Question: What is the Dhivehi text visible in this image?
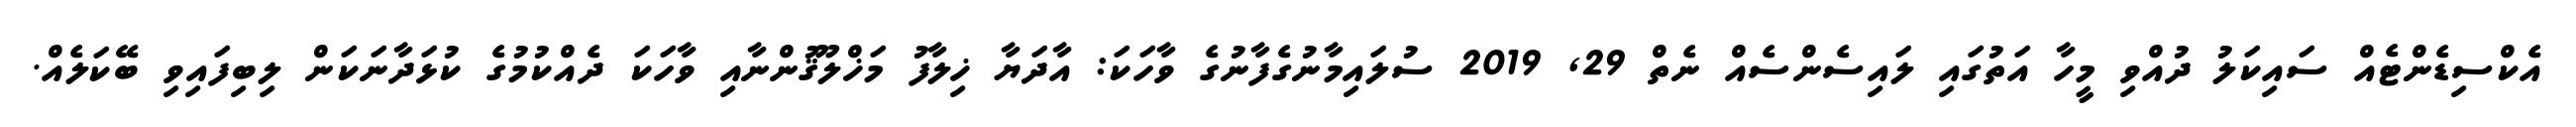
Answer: އެކްސިޑެންޓެއް ސައިކަލު ދުއްވި މީހާ އަތުގައި ލައިސެންސެއް ނެތް 29, 2019 ސުލައިމާނުގެފާނުގެ ވާހަކަ: އާދަޔާ ޚިލާފު މަޚްލޫޤުންނާއި ވާހަކަ ދެއްކުމުގެ ކުޅަދާނަކަން ލިބިފައިވި ބޭކަލެއް.